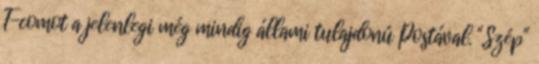
T-comot a jelenlegi még mindig állami tulajdonú Postával. "Szép"